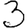
Digit: 3